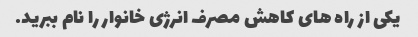
یکی از راه های کاهش مصرف انرژی خانوار را نام ببرید.